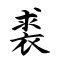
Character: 裘